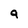
Character: a